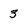
Character: 3